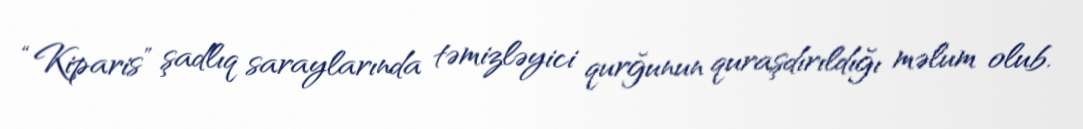
“Kiparis” şadlıq saraylarında təmizləyici qurğunun quraşdırıldığı məlum olub.